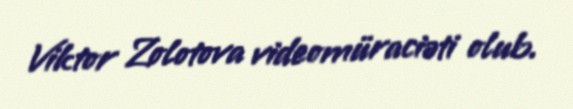
Viktor Zolotova videomüraciəti olub.